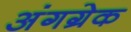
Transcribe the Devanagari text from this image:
अंगग्रेक